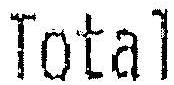
TOTAL